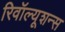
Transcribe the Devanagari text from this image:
रिवॉल्यूशन्स